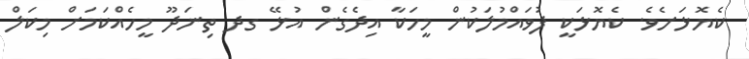
ކެޔޮޅަށެވެ. ކެޔޮޅަކީ ފުވައްމުލަކުން މީހަކާ އިދެގެން އުޅޭ ގދ ތިނަދޫ މީހެއްކަމަށް މިކަލް